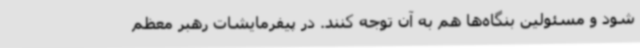
شود و مسئولین بنگاه‌ها هم به آن توجه کنند. در پیفرمایشات رهبر معظم